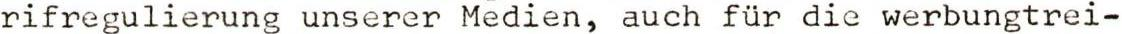
rifregulierung unserer Medien, auch für die werbungtrei-